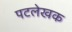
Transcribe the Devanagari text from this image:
पटलेखक